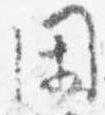
閑